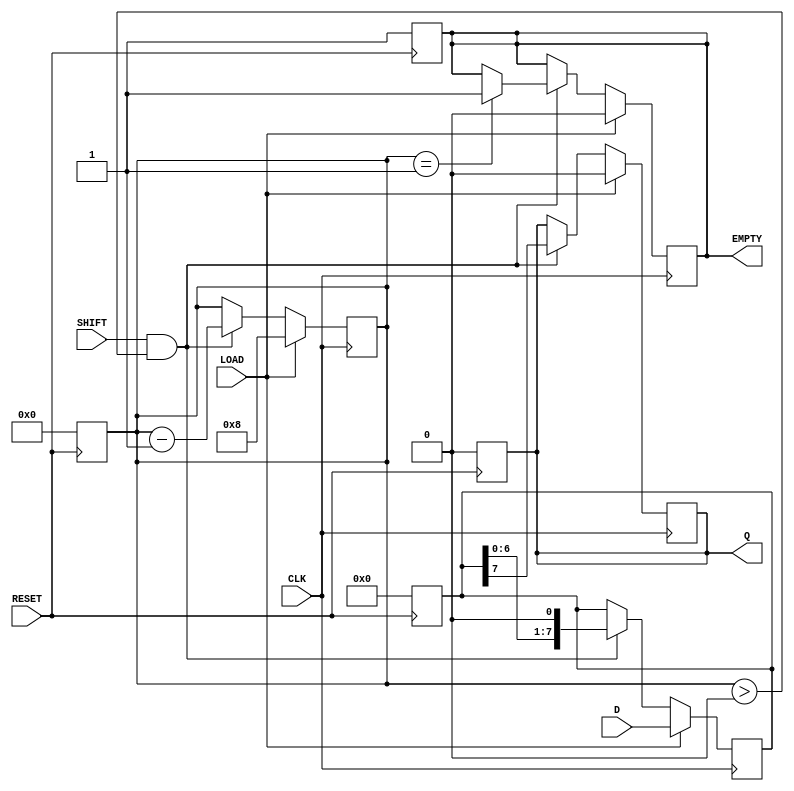
module PISO_Register #(
    parameter n = 8  // Parameter for the width of the parallel data input
)(
    input wire [n-1:0] D,      // Parallel Data Input
    input wire LOAD,           // Load Signal
    input wire CLK,            // Clock Signal
    input wire SHIFT,          // Shift Signal
    input wire RESET,          // Reset Signal
    output reg Q,              // Serial Output
    output reg EMPTY           // Empty Signal
);

    reg [n-1:0] SR;            // Shift Register
    reg [3:0] bit_count;       // Counter to keep track of bits shifted out

    // Asynchronous reset
    always @(posedge RESET) begin
        SR <= {n{1'b0}};        // Clear the shift register
        Q <= 1'b0;             // Clear the serial output
        EMPTY <= 1'b1;         // Set EMPTY signal
        bit_count <= 0;        // Reset bit count
    end

    // Main operation on clock edge
    always @(posedge CLK) begin
        if (LOAD) begin
            SR <= D;            // Load parallel data into shift register
            Q <= 1'b0;         // Clear serial output
            EMPTY <= 1'b0;     // Data is present, not empty
            bit_count <= n;     // Set bit count to the width of the data
        end else if (SHIFT && bit_count > 0) begin
            Q <= SR[n-1];       // Output the MSB (most significant bit)
            SR <= {SR[n-2:0], 1'b0}; // Shift left (or right depending on design)
            bit_count <= bit_count - 1; // Decrement the bit count
            if (bit_count == 1) begin
                EMPTY <= 1'b1;   // Set EMPTY signal when no bits left to shift
            end
        end
    end

endmodule